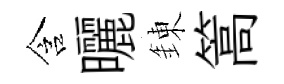
含曬錬篙